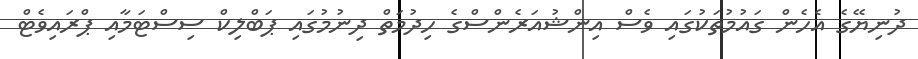
ދުނިޔޭގެ އެހެން ގައުމުތަކުގައި ވެސް އިންޝުއަރެންސްގެ ހިދުމަތް ދިނުމުގައި ޕަބްލިކް ސިސްޓަމާއި ޕްރައިވެޓް